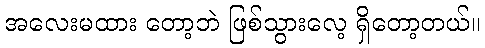
အလေးမထား တော့ဘဲ ဖြစ်သွားလေ့ ရှိတော့တယ်။